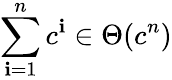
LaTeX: \sum_{\mathbf{i}=1}^{n}c^{\mathbf{i}}\in\Theta(c^{n})